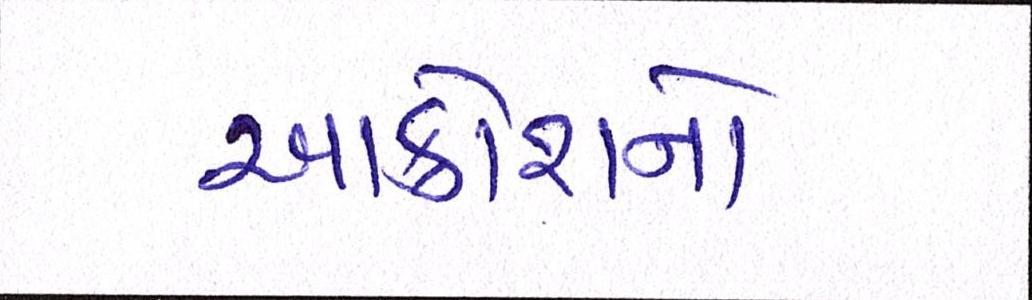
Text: આક્રોશનો